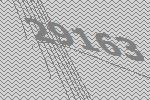
29163